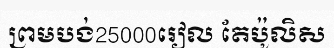
ព្រមបង់25000រៀល តែប៉ូលិស